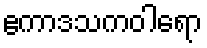
ဧကာဒသကဝါရော